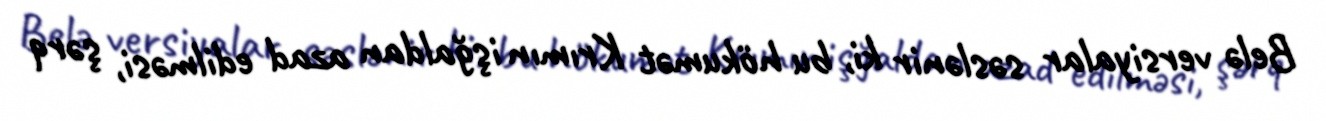
Belə versiyalar səslənir ki, bu hökumət Krımın işğaldan azad edilməsi, şərq